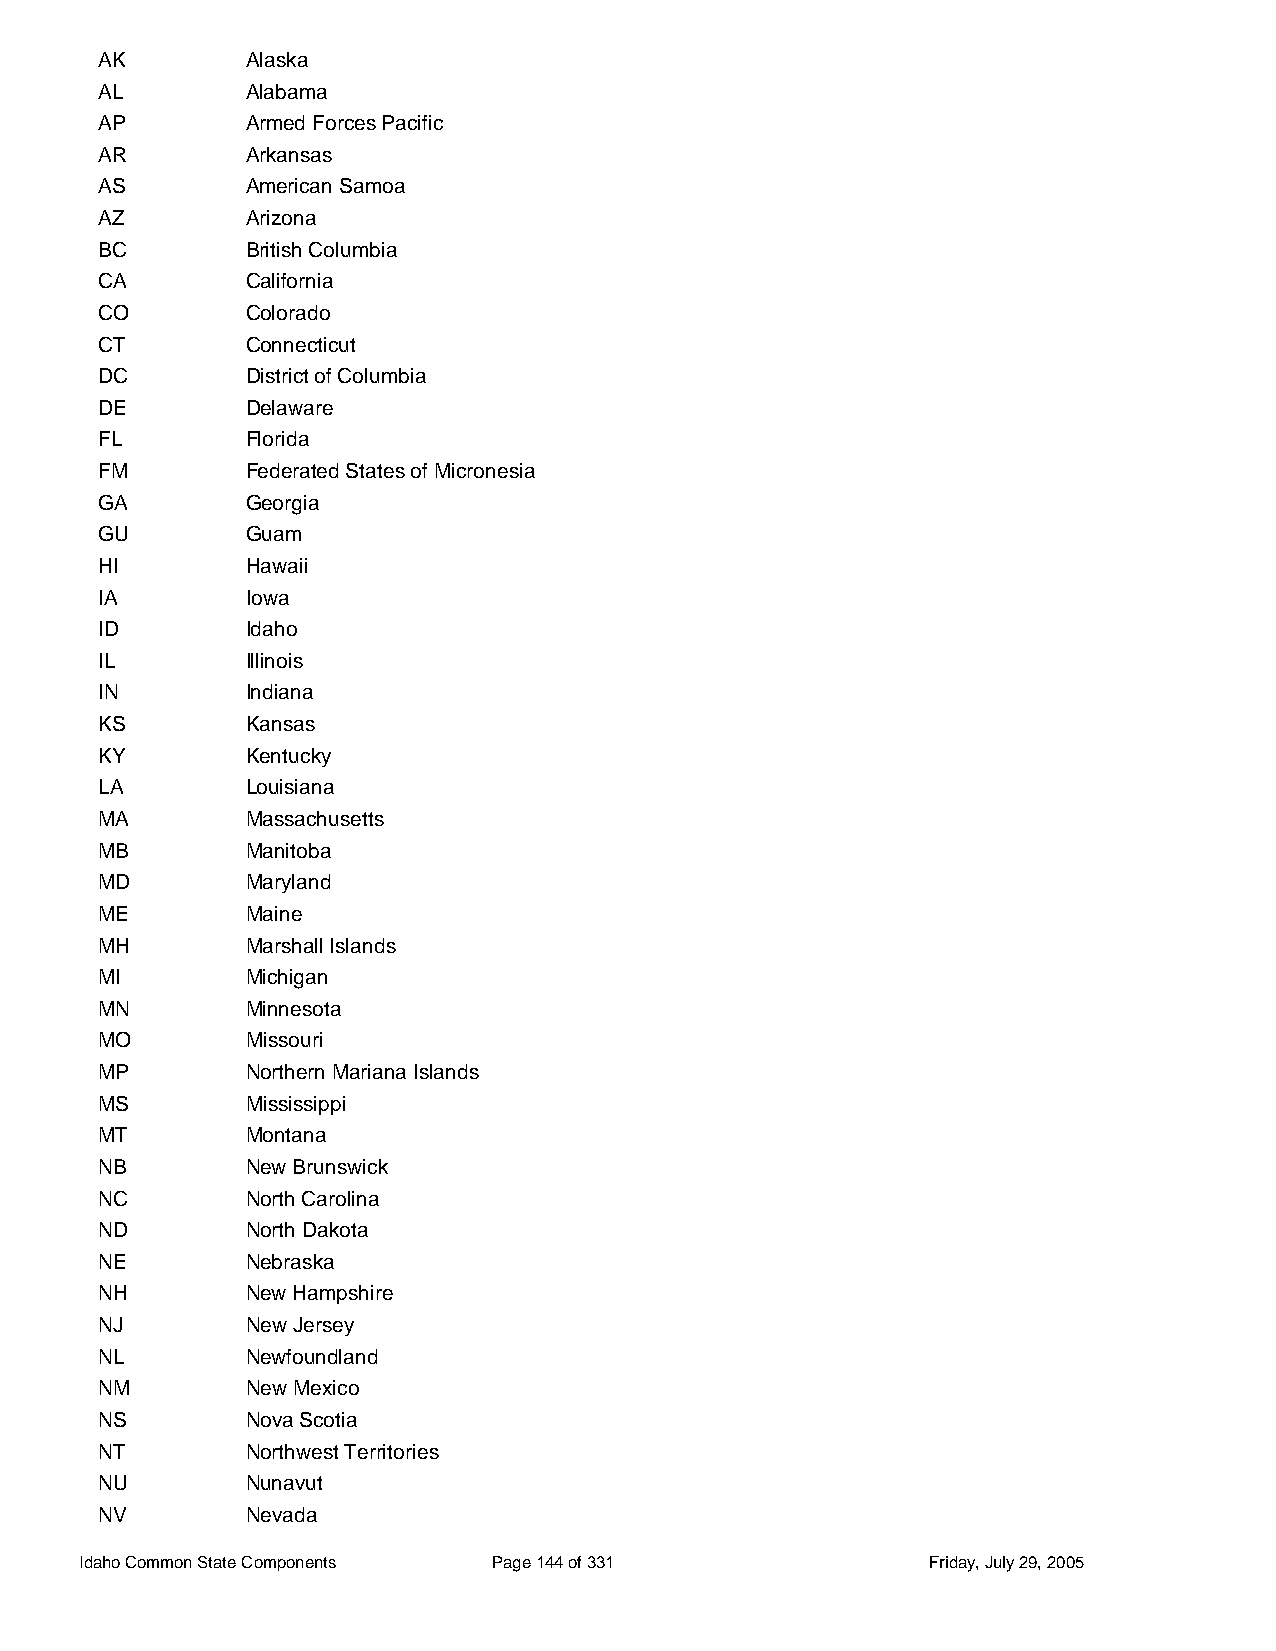
AK        Alaska
 AL        Alabama
 AP        Armed Forces Pacific
 AR        Arkansas
 AS        American Samoa
 AZ        Arizona
 BC        British Columbia
 CA        California
 CO        Colorado
 CT        Connecticut
 DC        District of Columbia
 DE        Delaware
 FL        Florida
 FM        Federated States of Micronesia
 GA        Georgia
 GU        Guam
 HI        Hawaii
 IA        Iowa
 ID        Idaho
 IL        Illinois
 IN        Indiana
 KS        Kansas
 KY        Kentucky
 LA        Louisiana
 MA        Massachusetts
 MB        Manitoba
 MD        Maryland
 ME        Maine
 MH        Marshall Islands
 MI        Michigan
 MN        Minnesota
 MO        Missouri
 MP        Northern Mariana Islands
 MS        Mississippi
 MT        Montana
 NB        New Brunswick
 NC        North Carolina
 ND        North Dakota
 NE        Nebraska
 NH        New Hampshire
 NJ        New Jersey
 NL        Newfoundland
 NM        New Mexico
 NS        Nova Scotia
 NT        Northwest Territories
 NU        Nunavut
 NV        Nevada
 Idaho Common State Components Page 144 of 331           Friday, July 29, 2005